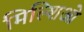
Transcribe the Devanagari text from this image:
मिल्शिओ